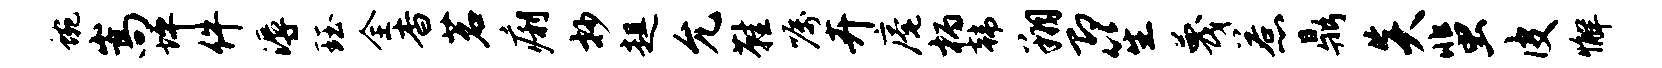
蜿嵩坪件溽珏全杳茗痢抄趄允鞋嘱卉庵柄韩翔即笙蔑惹鼎炎蜚皮懈